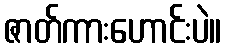
ဇာတ်ကားဟောင်းပဲ။